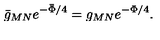
\bar { g } _ { M N } e ^ { - \bar { \Phi } / 4 } = g _ { M N } e ^ { - \Phi / 4 } .